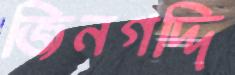
জিনগদ্দি